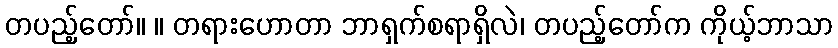
တပည့်တော်။ ။ တရားဟောတာ ဘာရှက်စရာရှိလဲ၊ တပည့်တော်က ကိုယ့်ဘာသာ